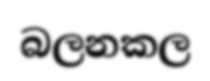
බලනකල